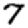
Digit: 7